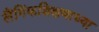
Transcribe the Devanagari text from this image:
लैंगिंकशिक्षणाच्या